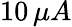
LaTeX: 10\, \mu A